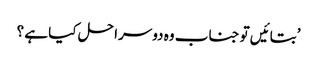
’بتائیں تو جناب وہ دوسرا حل کیا ہے ؟